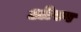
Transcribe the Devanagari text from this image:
ओस्प